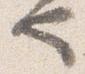
也